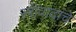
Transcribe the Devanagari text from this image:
स्त्रीवादांचे